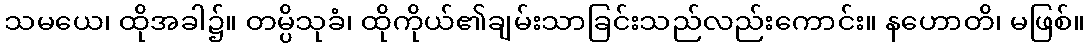
သမယေ၊ ထိုအခါ၌။ တမ္ပိသုခံ၊ ထိုကိုယ်၏ချမ်းသာခြင်းသည်လည်းကောင်း။ နဟောတိ၊ မဖြစ်။